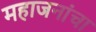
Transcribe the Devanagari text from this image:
महाजनांचा